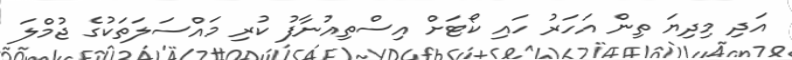
އަދި މިދިޔަ ތިން އަހަރު ހައި ކޯޓަށް އިސްތިއުނާފު ކުރި މައްސަލަތަކުގެ ޖުމްލަ